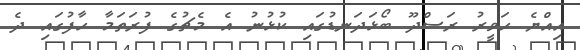
އިއްޔެ ހަވީރު ރަސްދޫ ބޯޅަދަނޑުގައި ކުޅުނު އެ މެޗުގެ ފުރަތަމާ ހާފުގައި ދެ